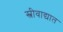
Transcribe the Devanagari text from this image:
स्त्रीवाद्यात